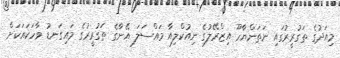
މިއަދުގެ ތަގުރީރުގައި ނަތަންޔާހޫ އިޒްރޭލުގެ ނިއުކްލިއާ މައްސަލަ އޭނާގެ ތަގުރީރުގެ މައިގަނޑު ވާހަކައަކަށް